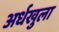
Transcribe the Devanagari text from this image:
अर्धखुला